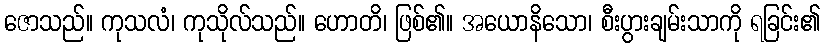
ဇောသည်။ ကုသလံ၊ ကုသိုလ်သည်။ ဟောတိ၊ ဖြစ်၏။ အယောနိသော၊ စီးပွားချမ်းသာကို ရခြင်း၏